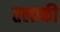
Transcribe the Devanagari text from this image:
तलाकी